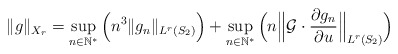
\begin{align*}\Vert g \Vert_{X_r} = \displaystyle\sup_{n\in\mathbb{N^*}}\Big(n^3\Vert g _n \Vert_{L^r(S_2)}\Big) + \displaystyle\sup_{n\in\mathbb{N^*}}\Big(n\Big\Vert\mathcal{G} \cdot\dfrac{\partial g_n}{\partial u} \Big\Vert_{L^r(S_2)}\Big) \end{align*}